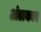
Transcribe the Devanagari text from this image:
अंलकार